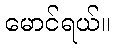
မောင်ရယ်။